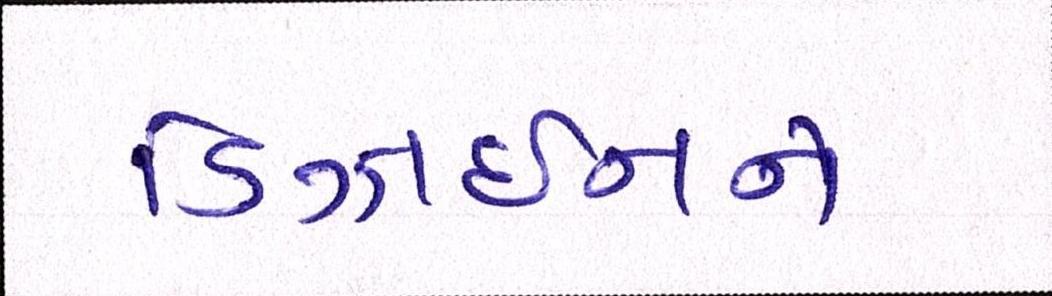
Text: ડિઝાઇનને